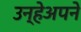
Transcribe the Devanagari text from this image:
उन्हेअपने